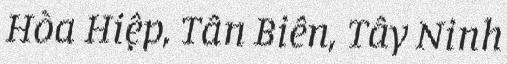
Hòa Hiệp, Tân Biên, Tây Ninh